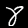
Digit: 8